Bréfritari: Halldór Pétursson
Viðtakandi: Jón Borgfirðingur
Dagsetning: A-1854-12-28
Skrifað á: Illugastöðum í Fnjóskadal  S-Þing.

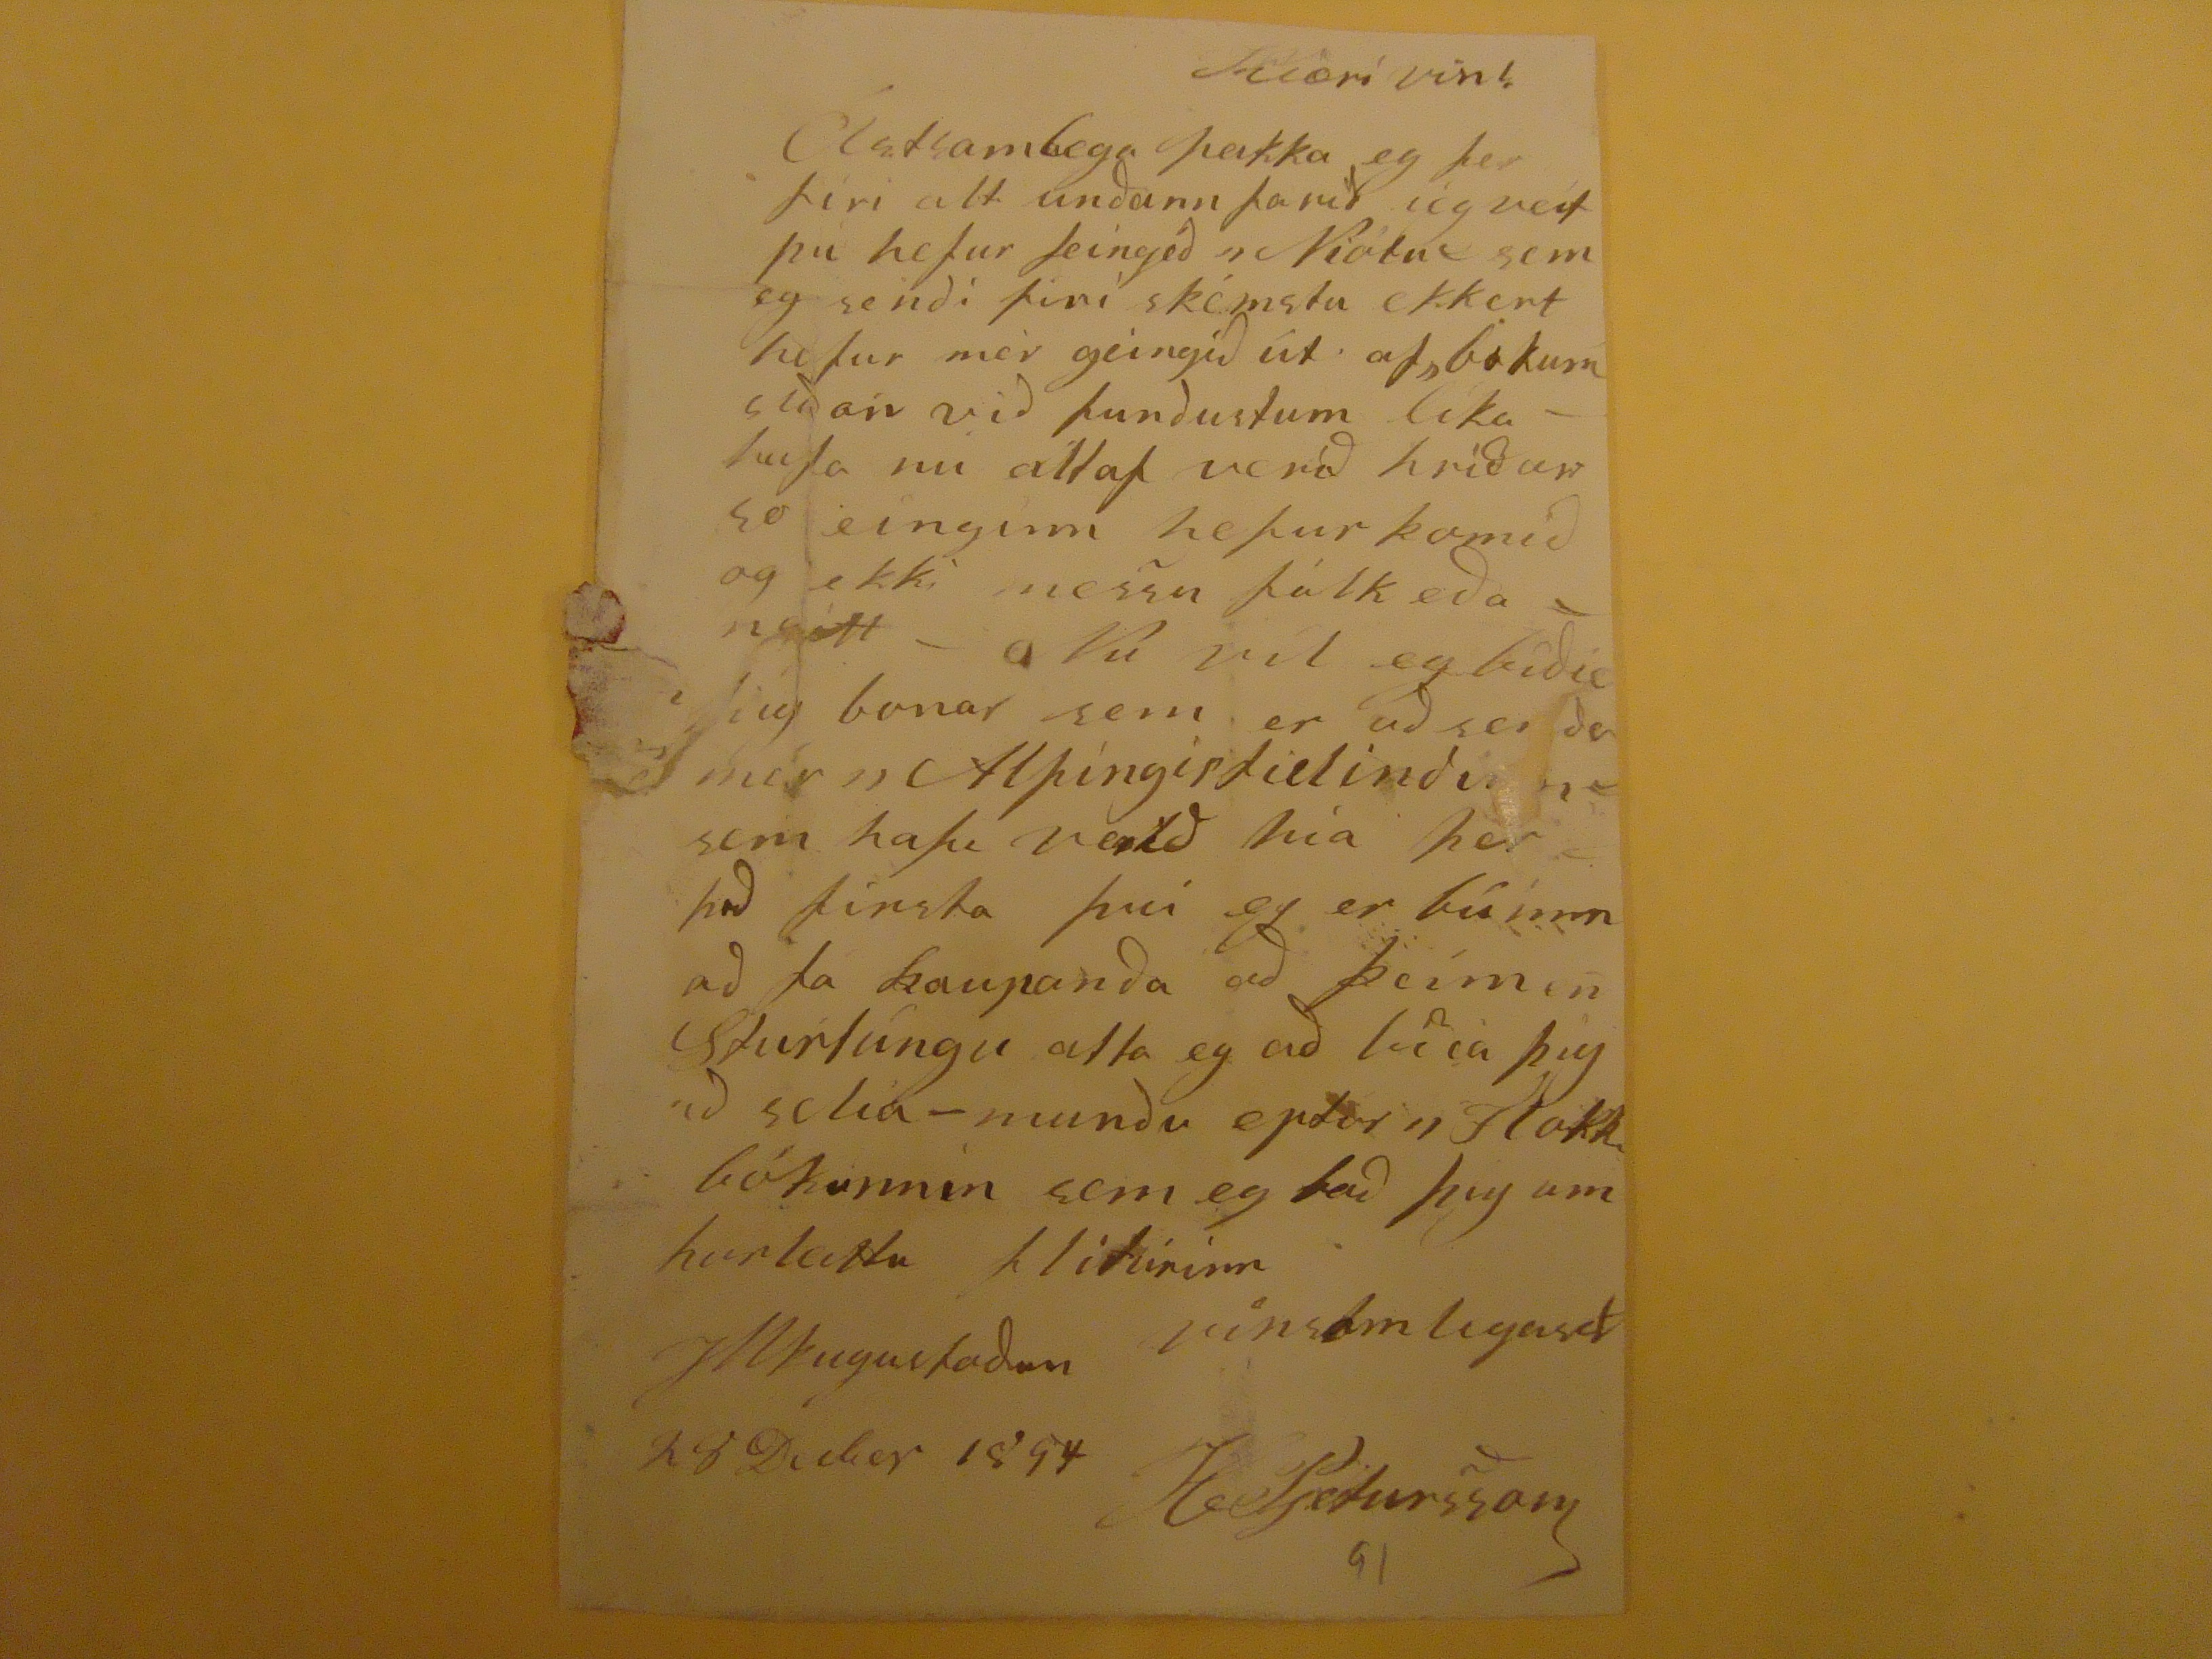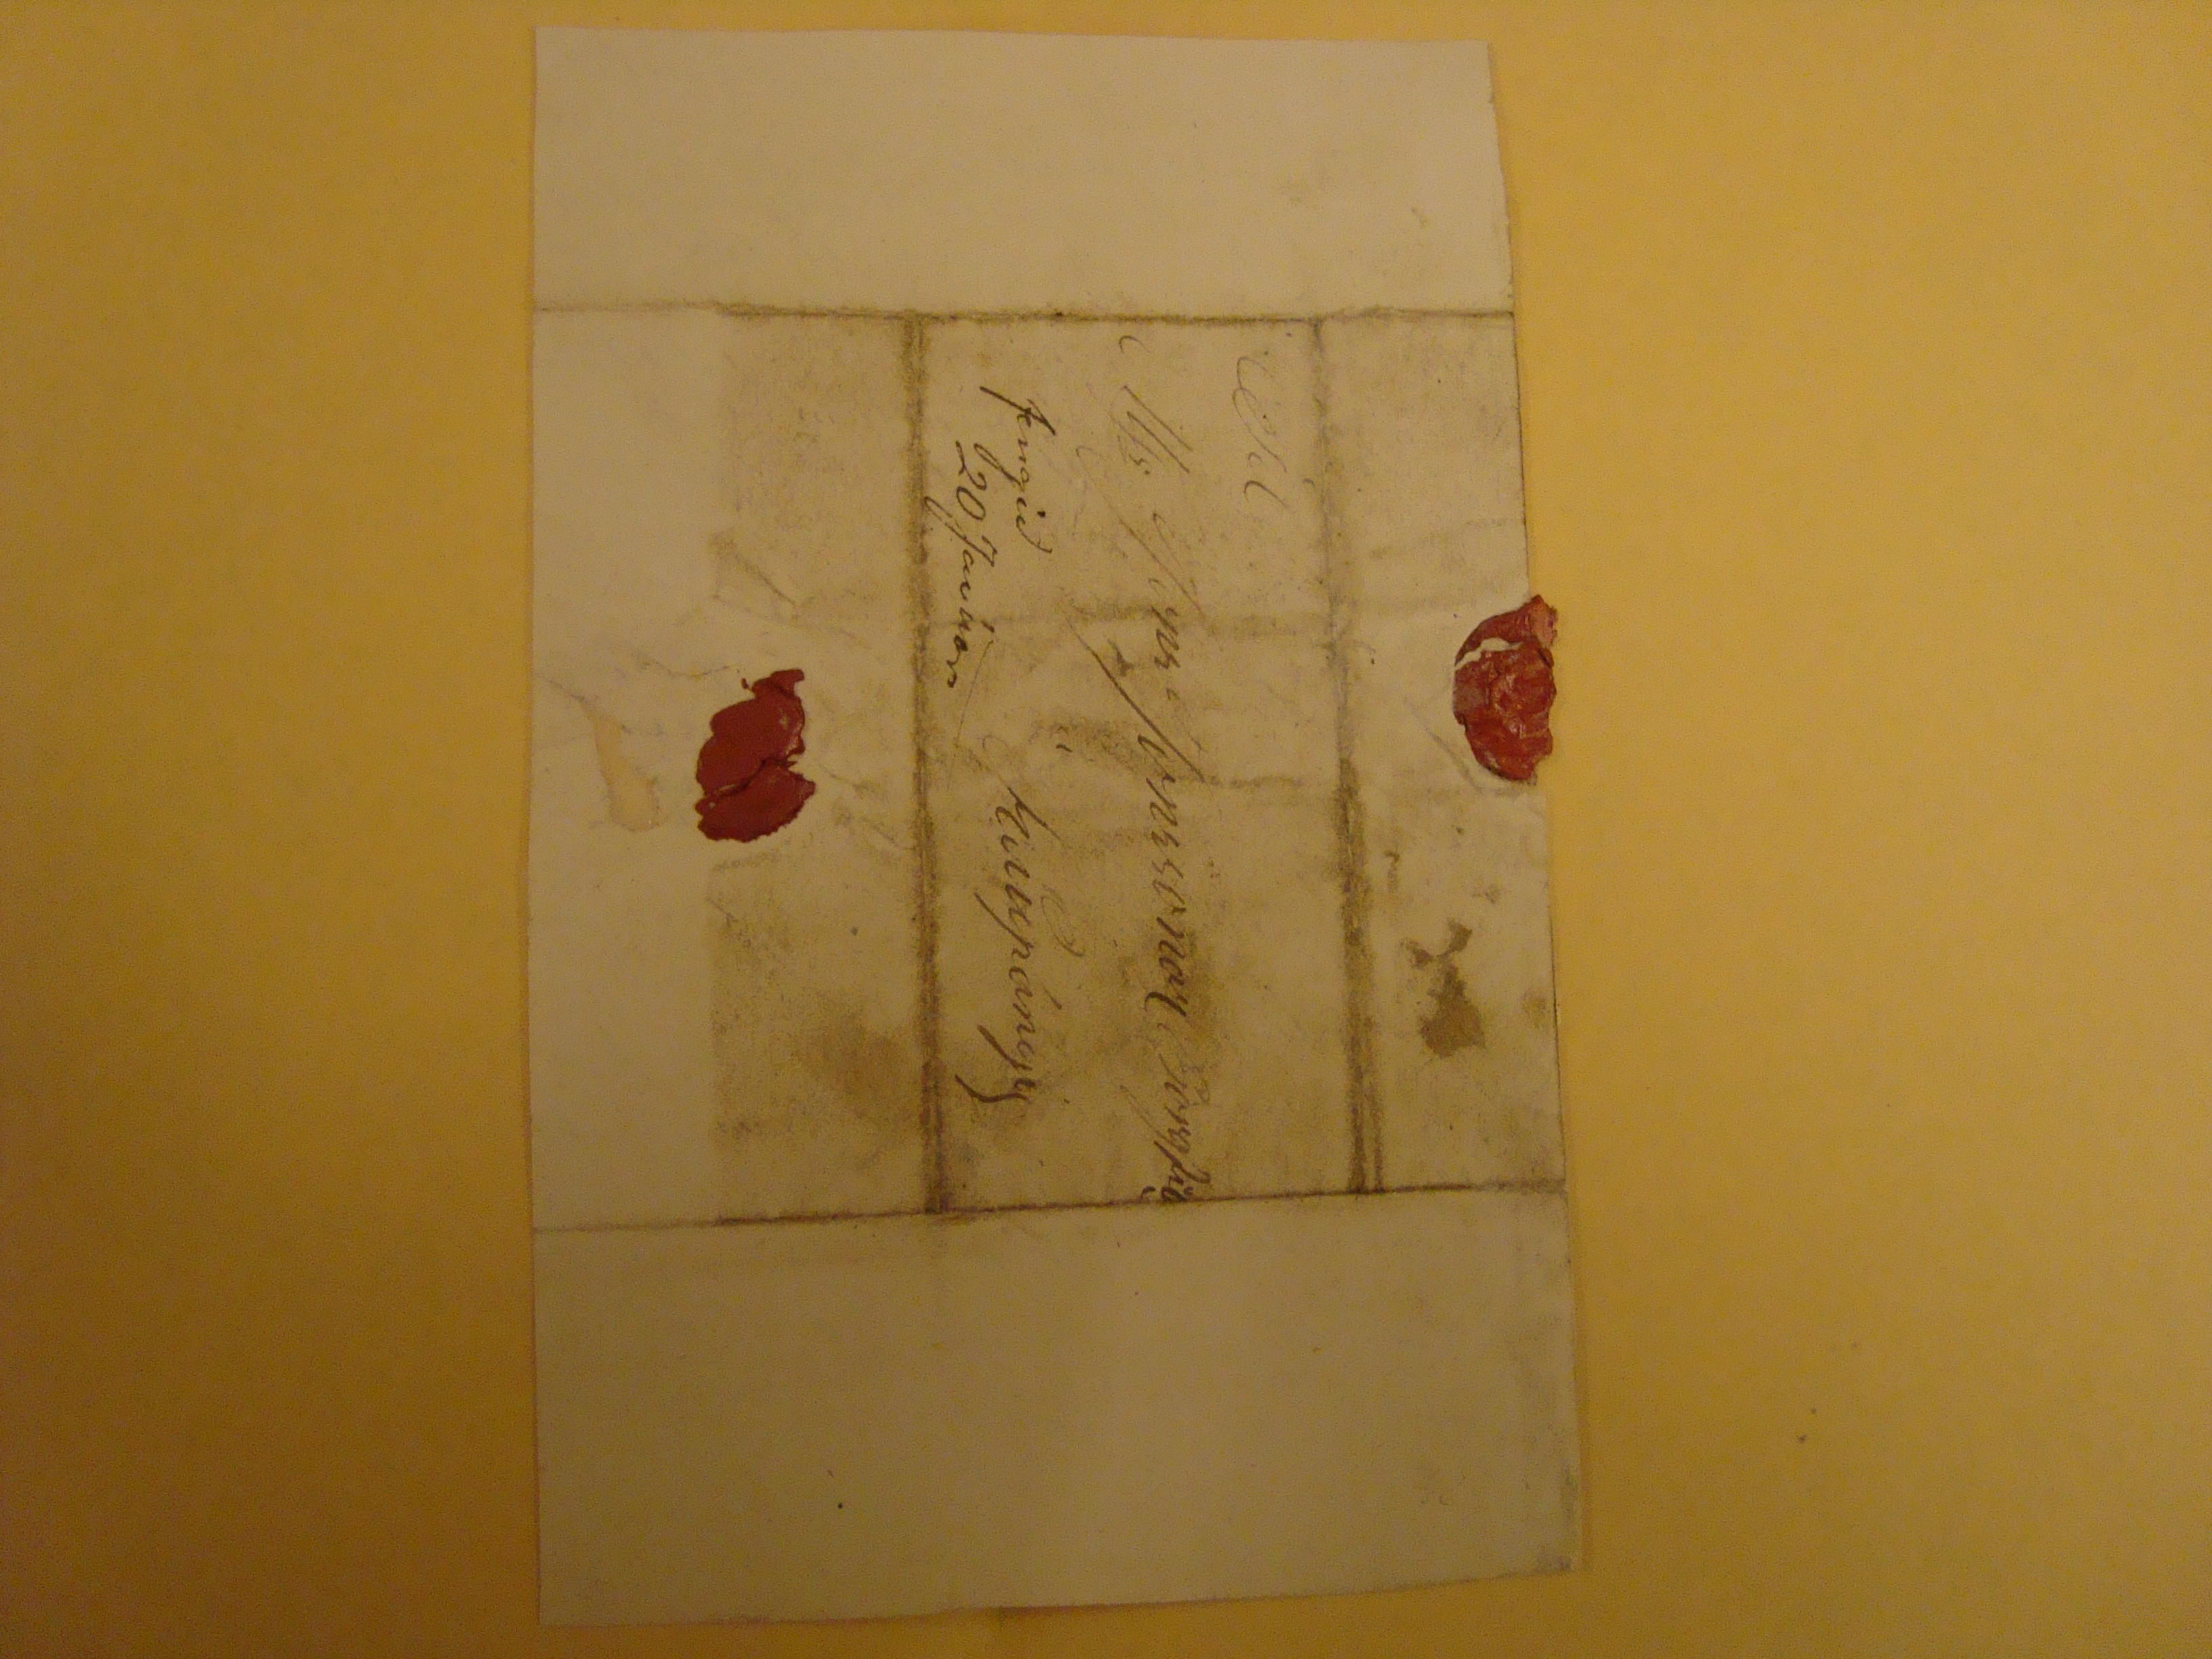

Kjæri vin!
Ástsamlega þakka eg þer firi alt undann farid ég veit þú hefur feingid Niótur sem eg sendi firi skémstu ekkert hefur mèr geingid ùt af bokum sidan vid fundustum líka- hafa nú altaf verið hríðar so einginn hefur komid og ekki messu fólk eða neitt- Nú víl eg bídia þig bonar sem er að senda mér "Alþingistidindinn" sem hafa verid hia þerþad firsta þvi eg er búinn ad fa kaupanda að þeim enn Sturlúngu ætla eg ad bidia þig ad selia-mundu eptir "Flakkabókunum sem eg bad þig um
hurleitlu fliturinn
vinsamlegast
Illugastaður
28 Decber 1854
H.Pjetursson
Til
Ms. Jóns Jonssonar Borgfir
fengið 20 Janúar
Kinnpángy